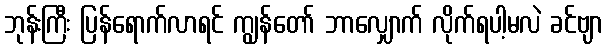
ဘုန်းကြီး ပြန်ရောက်လာရင် ကျွန်တော် ဘာလျှောက် လိုက်ရပါ့မလဲ ခင်ဗျာ